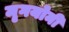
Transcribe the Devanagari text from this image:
मृगयोनी